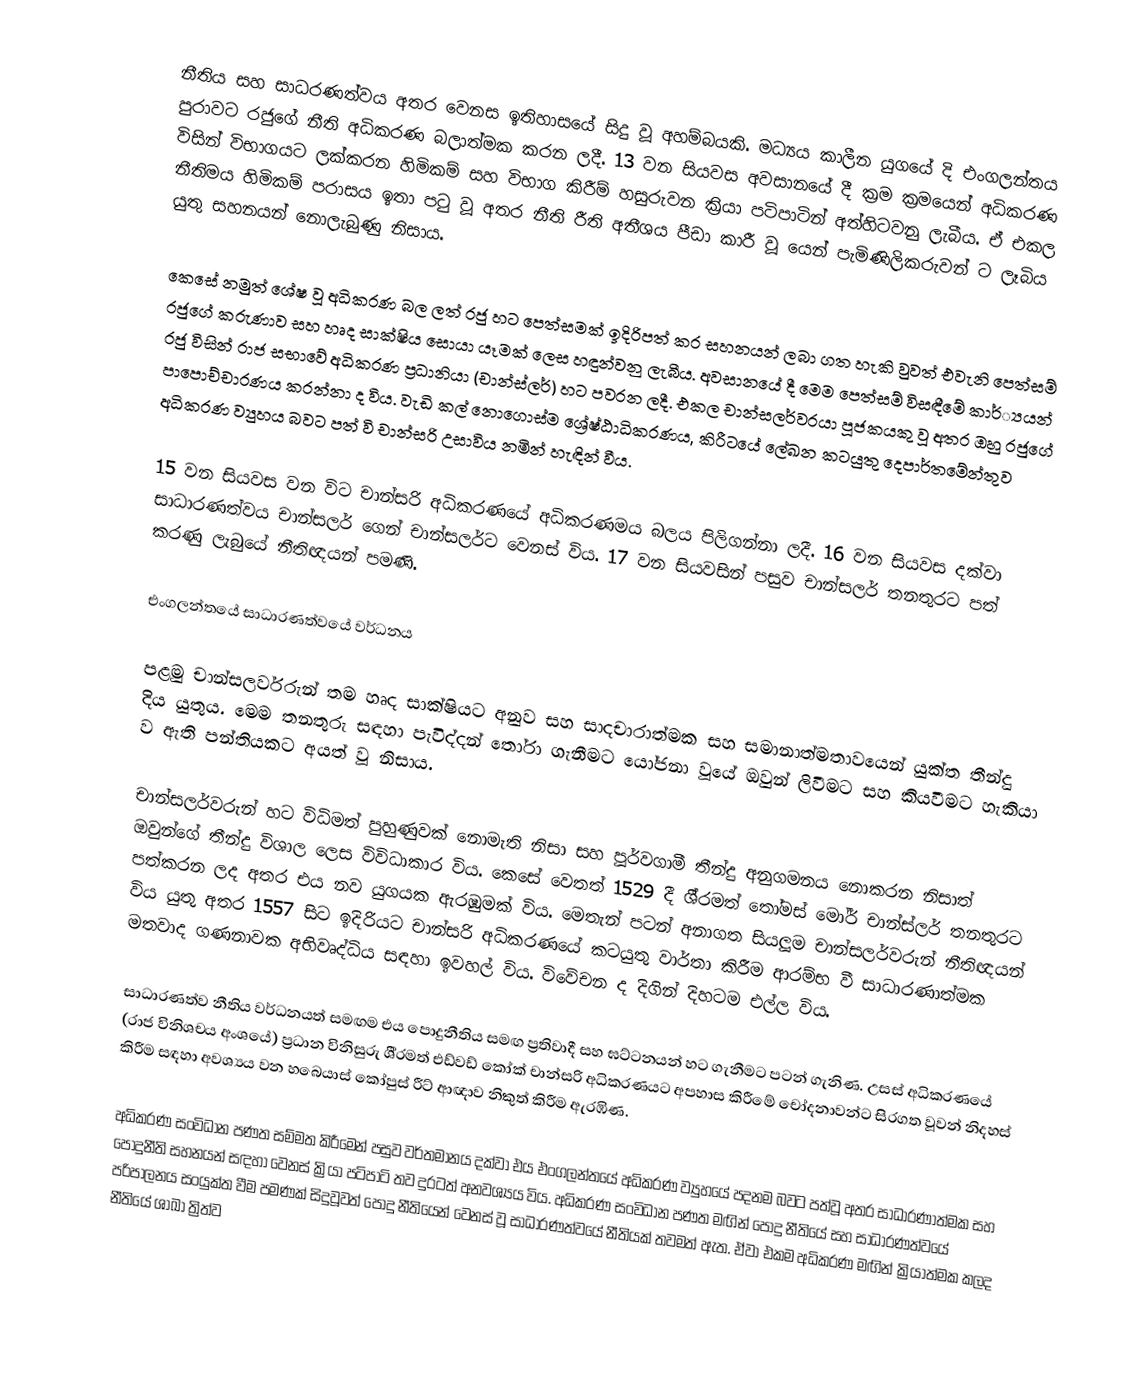
නීතිය සහ සාධරණත්වය අතර වෙනස ඉතිහාසයේ සිදු වූ අහම්බයකි. මධ්‍යය කාලීන යුගයේ දි එංගලන්තය පුරාවට රජුගේ නීති අධිකරණ බලාත්මක කරන ලදී. 13 වන සියවස අවසානයේ දී ක්‍රම ක්‍රමයෙන් අධිකරණ විසින් විභාගයට ලක්කරන හිමිකම් සහ විභාග කිරීම් හසුරුවන ක්‍රියා පටිපාටින් අත්හිටවනු ලැබීය. ඒ එකල නීතිමය හිමිකම් පරාසය ඉතා පටු වූ අතර නීති රීති අතීශය පීඩා කාරී වූ යෙන් පැමිණිලිකරුවන් ට ලෑබිය යුතු සහනයන් නොලැබුණු නිසාය.

කෙසේ නමුත් ශේෂ වූ අධිකරණ බල ලත් රජු හට පෙත්සමක් ඉදිරිපත් කර සහනයන් ලබා ගත හැකි වුවත් එවැනි පෙත්සම් රජුගේ කරුණාව සහ හෘද සාක්ෂිය සොයා යෑමක් ලෙස හඳුන්වනු ලැබීය. අවසානයේ දී මෙම පෙත්සම් විසඳීමේ කාර්්‍යයන් රජු විසින් රාජ සභාවේ අධිකරණ ප්‍රධානියා (චාන්ස්ලර්) හට පවරන ලදී. එකල චාන්සලර්වරයා පූජකයකු වූ අතර ඔහු රජුගේ පාපොච්චාරණය කරන්නා ද විය. වැඩි කල් නොගොස්ම ශ්‍රේෂ්ඨාධිකරණය, කිරීටයේ ලේඛන කටයුතු දෙපාර්තමේන්තුව අධිකරණ ව්‍යුහය බවට පත් වි චාන්සරි උසාවිය නමින් හැඳින් වීය.

15 වන සියවස වන විට චාන්සරි අධිකරණයේ අධිකරණමය බලය පිලිගන්නා ලදී. 16 වන සියවස දක්වා සාධාරණත්වය චාන්සලර් ගෙන් චාන්සලර්ට වෙනස් විය. 17 වන සියවසින් පසුව චාන්සලර් තනතුරට පත් කරණු ලැබුයේ නීතිඥයන් පමණි.

එංගලන්තයේ සාධාරණත්වයේ වර්ධනය

පළමු චාන්සලර්වරුන් තම හෘද සාක්ෂියට අනුව සහ සාදචාරාත්මක සහ සමානාත්මතාවයෙන් යුක්ත තීන්දු දිය යුතුය. මෙම තනතුරු සඳහා පැවිද්දන් තෝරා ගැනීමට යෝජනා වූයේ ඔවුන් ලිවීමට සහ කියවීමට හැකියා ව ඇති පන්තියකට අයත් වූ නිසාය.

චාන්සලර්වරුන් හට විධිමත් පුහුණුවක් නොමැති නිසා සහ පූර්වගාමී තීන්දු අනුගමනය නොකරන නිසාත් ඔවුන්ගේ තීන්දු විශාල ලෙස විවිධාකාර විය. කෙසේ වෙතත් 1529 දී ශී්‍රමත් තෝමස් මෝර් චාන්ස්ලර් තනතුරට පත්කරන ලද අතර එය නව යුගයක ඇරඹුමක් විය. මෙතැන් පටන් අනාගත සියලූම චාන්සලර්වරුන් නීතිඥයන් විය යුතු අතර 1557 සිට ඉදිරියට චාන්සරි අධිකරණයේ කටයුතු වාර්තා කිරීම ආරම්භ වී සාධාරණාත්මක මතවාද ගණනාවක අභිවෘද්ධිය සඳහා ඉවහල් විය.  විවේචන ද දිගින් දිහටම එල්ල විය.

සාධාරණත්ව නීතිය වර්ධනයත් සමඟම එය පොදුනීතිය සමඟ ප්‍රතිවාදී සහ ඝට්ටනයන් හට ගැනීමට පටන් ගැනිණ. උසස් අධිකරණයේ (රාජ විනිශචය අංශයේ) ප්‍රධාන විනිසුරු ශී්‍රමත් එඩ්වඩ් කෝක් චාන්සරි අධිකරණයට අපහාස කිරීමේ චෝදනාවන්ට සිරගත වූවන් නිදහස් කිරීම සඳහා අවශ්‍යය වන හබෙයාස් කෝපුස් රීට් ආඥාව නිකුත් කිරීම ඇරඹිණ.

අධිකරණ සංවිධාන පණත සම්මත කිරීමෙන් පසුව වර්තමානය දක්වා එය එංගලන්තයේ අධිකරණ ව්‍යුහයේ පදනම බවට පත්වූ අතර සාධාරණාත්මක සහ පොදුනීති සහනයන් සඳහා වෙනස් ක්‍රියා පටිපාටි තව දුරටත් අනවශ්‍යය විය. අධිකරණ සංවිධාන පණත මඟින් පොදු නීතියේ සහ සාධාරණත්වයේ පරිපාලනය සංයුක්ත වීම පමණක් සිදුවූවත් පොදු නීතියෙන් වෙනස් වූ සාධාරණත්වයේ නීතියක් තවමත් ඇත. ඒවා එකම අධිකරණ මඟින් ක්‍රියාත්මක කලද නීතියේ ශාඛා ත්‍රිත්ව